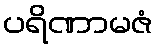
ပရိဏာမဇံ